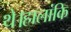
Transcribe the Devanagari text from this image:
थे।हालांकि